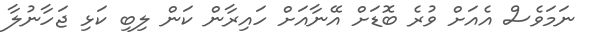
ނަމަވެސް އެއަށް ވުރެ ބޮޑަށް އޭނާއަށް ހައިރާން ކަން ލިބި ކަޅި ޖަހާނުލާ